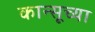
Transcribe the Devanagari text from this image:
कान्सूच्या